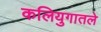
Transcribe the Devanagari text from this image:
कलियुगातले